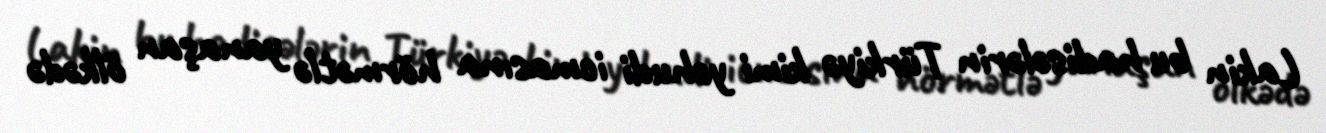
Lakin bu hadisələrin Türkiyə kimi yəhudi icmasına hörmətlə yanaşan ölkədə